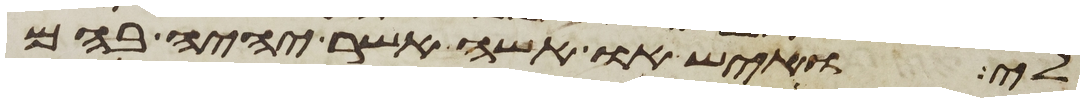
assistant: לי ואיש או אשה אשר יהיה בהם